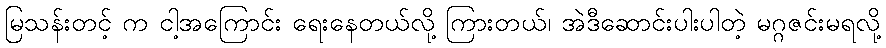
မြသန်းတင့် က ငါ့အကြောင်း ရေးနေတယ်လို့ ကြားတယ်၊ အဲဒီဆောင်းပါးပါတဲ့ မဂ္ဂဇင်းမရလို့